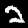
Digit: 2